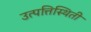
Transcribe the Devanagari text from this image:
उत्पत्तिस्थिती